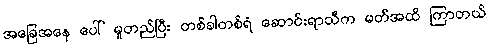
အခြေအနေ ပေါ် မူတည်ပြီး တစ်ခါတစ်ရံ ဆောင်းရာသီက မတ်အထိ ကြာတယ်